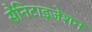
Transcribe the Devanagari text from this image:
सैनिटाइजेशन